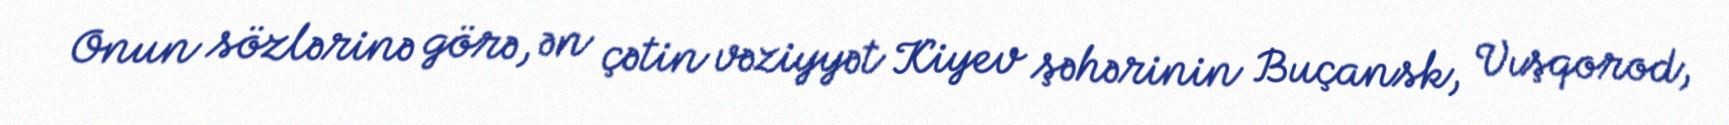
Onun sözlərinə görə, ən çətin vəziyyət Kiyev şəhərinin Buçansk, Vışqorod,